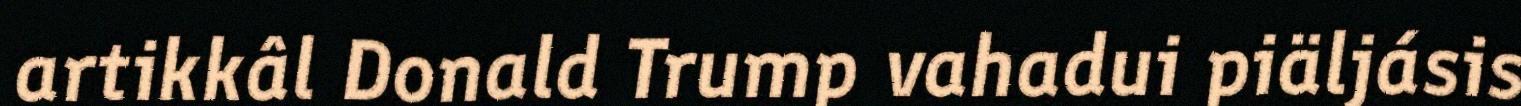
artikkâl Donald Trump vahadui piäljásis